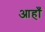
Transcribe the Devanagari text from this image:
आहाँ